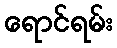
ရောင်ရမ်း